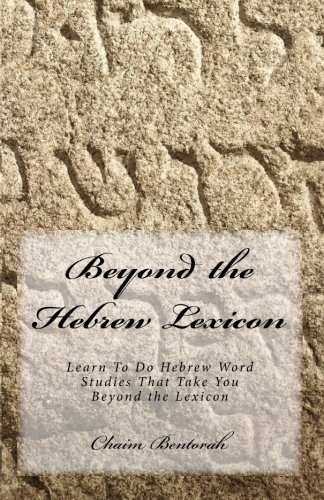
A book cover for Beyond the Hebrew Lexicon: Learn To Do Hebrew Word Studies That Take You Beyond the Lexicon; Chaim Bentorah; Reference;